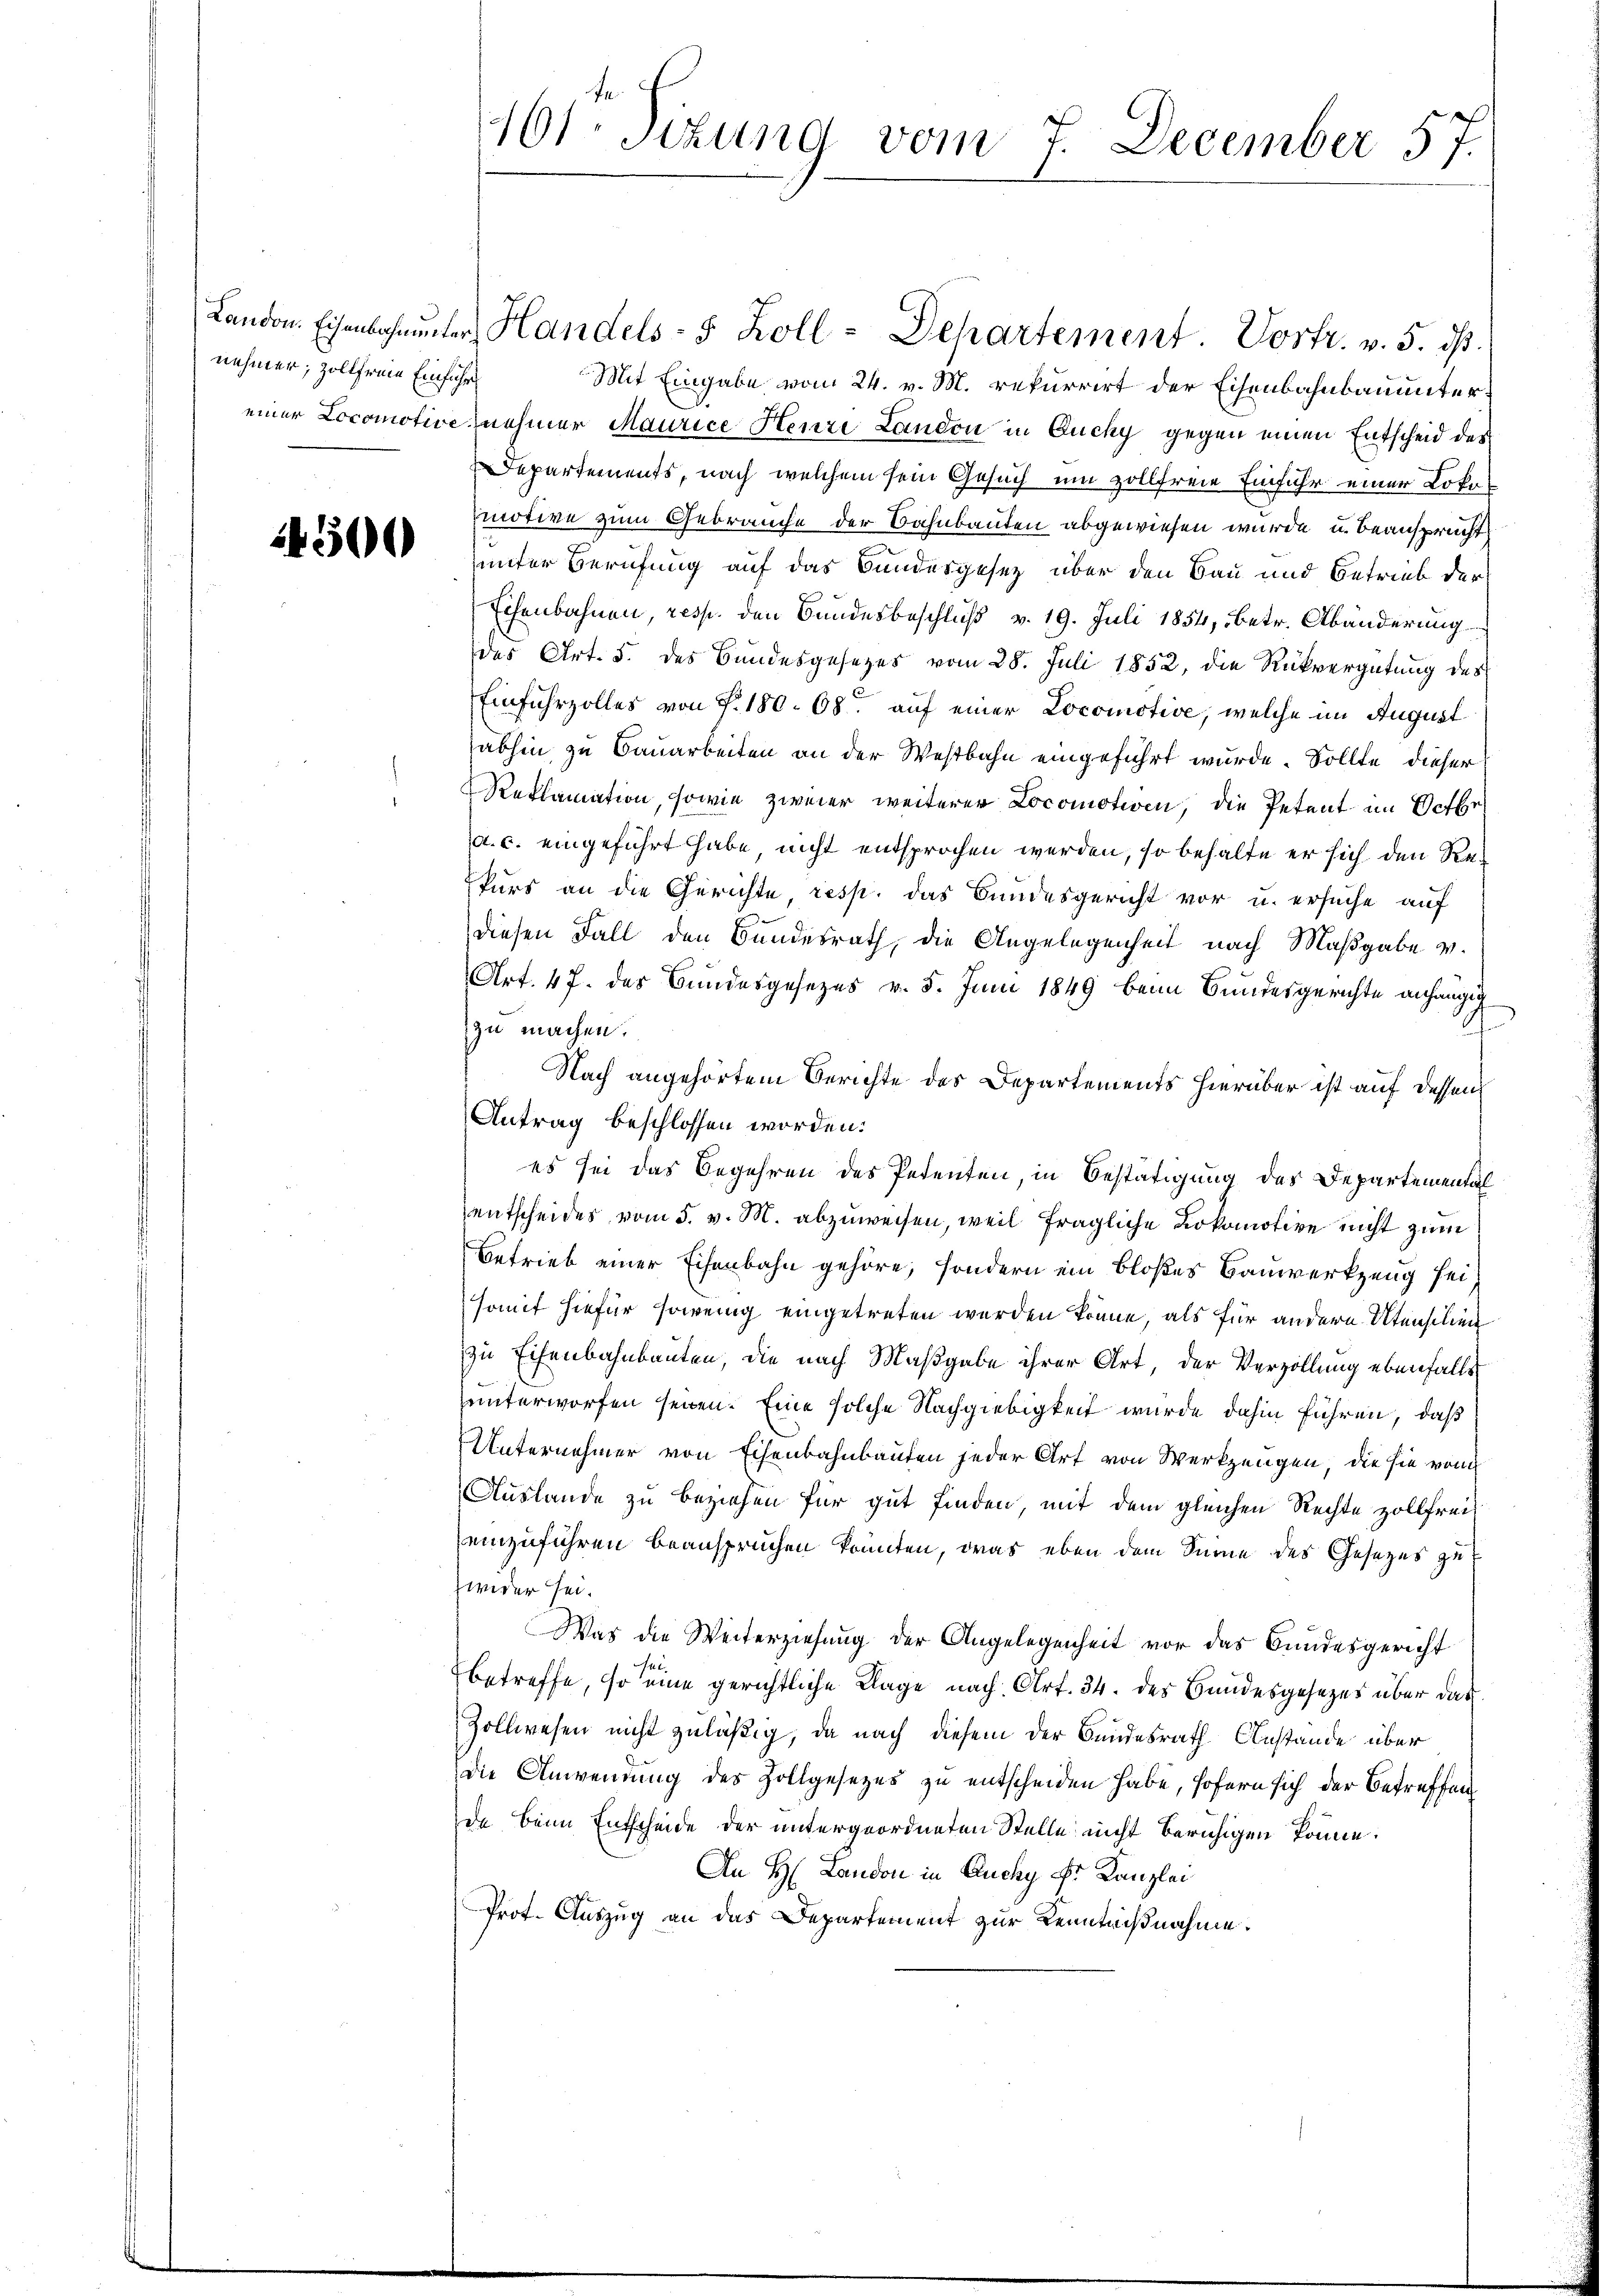
nehmer; zollfreie Einführ

4500

Landon. Eisenbahnŭnter Handels- 5 Zoll - Departement. Vortr. v. 5. ds.
Mit Eingabe vom 24. v. M. rekurrirt der Eisenbahnbauuntereiner Locomotive nehmer Maurice Henri Landon in Duchy gegen einen Entscheid des
Departements, nach welchem sein Gesuch um zollfreie Einfuhr einer Lokomotive zum Gebrauche der Bahnbauten abgewiesen wurde, u. beansprucht,
unter Berufung auf das Bundesgesetz über den Bau und Betrieb der
Eisenbahnen, resp. den Bundesbeschluß v. 19. Juli 1854, betr. Abänderung
des Art. 5. des Bundesgesetzes vom 28. Juli 1852, die Rückvergütung des
Einfuhrzolles von Fr. 180. 68. auf einer Locomotive, welche im August
abhin zu Bauarbeiten an der Westbahn eingeführt wurde. Sollte dieser
Reklamation, sowie zweier weiterer Locomotive, die Petent im Gethr
a. c. eingeführt habe, nicht entsprochen werden, so behalte er sich den Rekurs an die Gerichte, resp. das Bundesgericht vor u. ersuche auf
diesen Fall den Bundesrath, die Angelegenheit nach Maßgabe v.
Art. 47. des Bundesgesezes v. 5. Juni 1849 beim Bundesgerichte anhängig
zu machen.
Nach angehörtem Berichte des Departements hierüber ist auf dessen
Antrag beschlossen worden.
es sei das Begehren des Petenten, in Bestätigung des Departemental
entscheides vom 5. v. M. abzuweisen, weil fragliche Lokomotive nicht zum
Betrieb einer Eisenbahn gehöre, sondern ein bloßes Bauwerkzeug sei
somit hiefür sowenig eingetreten werden könne, als für andere Utensilien
zu Eisenbahnbauten, die nach Maßgabe ihrer Art, der Verzöllung ebenfalls
unterworfen seien. Eine solche Nachgiebigkeit wurde dahin führen, daß
Unternehmer von Eisenbahnbauten jeder Art von Werkzeugen, die sie von
Auslande zu beziehen für gut finden, mit dem gleichen Rechte zollfreieinzuführen beanspruchen könnten, was eben dem Sinne des Gesetzes zu
Zwider sei.
Was die Weiterziehung der Angelegenheit vor das Bundesgericht
betreffe, so eine gerichtliche Klage nach Art. 34. des Bundesgesezes über das
Zollwesen nicht zuläßig, da nach diesem der Bundesrath Anstände über
Die Anwendung des Zollgesetzes zu entscheiden habe, sofern sich der Betreffen
da Beim Entscheide der untergeordneten Stelle nicht beruhigen könne.
An H. Landon in Auchy Fr. Kanzlei
Prot. Auszug an das Departement zur Kenntnißnahme.

161. Sitzung vom 7. December 57.